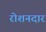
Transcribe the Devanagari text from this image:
रोशनदार